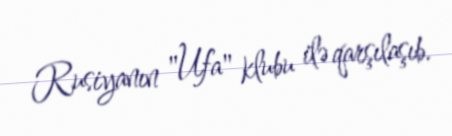
Rusiyanın "Ufa" klubu ilə qarşılaşıb.